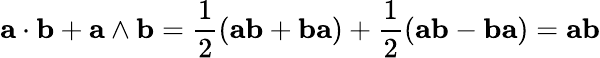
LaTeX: \mathbf{a}\cdot\mathbf{b}+\mathbf{a}\wedge\mathbf{b}={\frac{1}{2}}(\mathbf{ab}+\mathbf{ba})+{\frac{1}{2}}(\mathbf{ab}-\mathbf{ba})=\mathbf{ab}